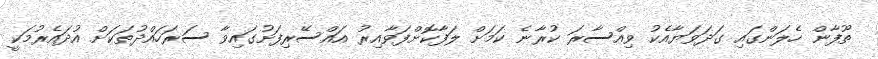
ތޫފާން ހެލަންގައި ގަދަވަޔާއެކު ވިއްސާރަ ކުރާނެ ކަމަށް ލަފާކޮށްފަވާއިރު އައްސޭރިފަށުގައިވާ ސަރަހައްދުތަކަށް އުދައެރުމަކީ